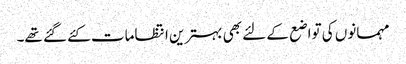
مہمانوں کی تواضع کے لئے بھی بہترین انتظامات کئے گئے تھے۔